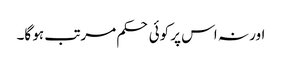
اور نہ اس پر کوئی حکم مرتب ہو گا۔